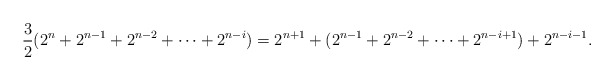
\begin{align*} \frac{3}{2}(2^n + 2^{n-1} + 2^{n-2} + \cdots + 2^{n-i}) = 2^{n+1} + (2^{n-1} + 2^{n-2} + \cdots + 2^{n-i+1}) + 2^{n-i-1}.\end{align*}